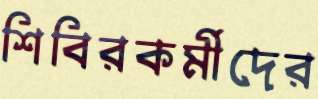
শিবিরকর্মীদের